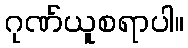
ဂုဏ်ယူစရာပါ။